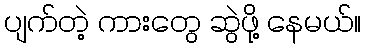
ပျက်တဲ့ ကားတွေ ဆွဲဖို့ နေမယ်။